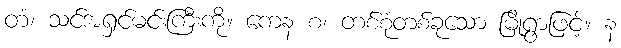
တံ၊ သင်အရှင်မင်းကြီးကို။ ကေန စ၊ တစ်စုံတစ်ခုသော မြို့ရွာဖြင့်။ န